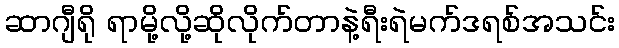
ဆာဂျီရို ရာမို့လို့ဆိုလိုက်တာနဲ့ရီးရဲမက်ဒရစ်အသင်း